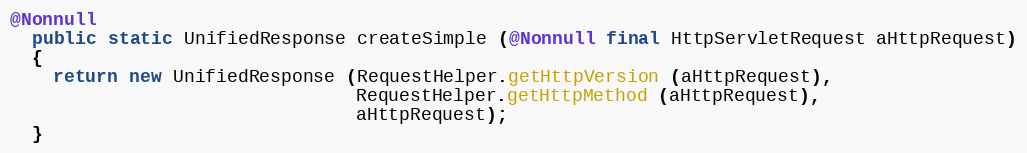
Language: Java
@Nonnull
  public static UnifiedResponse createSimple (@Nonnull final HttpServletRequest aHttpRequest)
  {
    return new UnifiedResponse (RequestHelper.getHttpVersion (aHttpRequest),
                                RequestHelper.getHttpMethod (aHttpRequest),
                                aHttpRequest);
  }